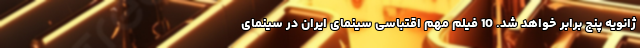
ژانویه پنج برابر خواهد شد. 10 فیلم مهم اقتباسی سینمای ایران در سینمای